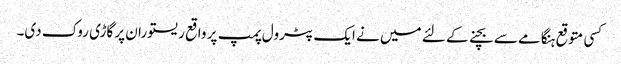
کسی متوقع ہنگامے سے بچنے کے لئے میں نے ایک پٹرول پمپ پر واقع ریستوران پر گاڑی روک دی۔